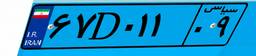
۶۷D۰۱۱۰۹